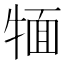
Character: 𤚛